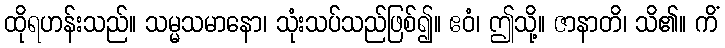
ထိုရဟန်းသည်။ သမ္မသမာနော၊ သုံးသပ်သည်ဖြစ်၍။ ဧဝံ၊ ဤသို့။ ဇာနာတိ၊ သိ၏။ ကိံ